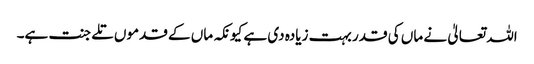
اللہ تعالیٰ نے ماں کی قدر بہت زیادہ دی ہے کیونکہ ماں کے قدموں تلے جنت ہے۔